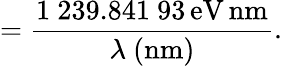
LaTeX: ={\frac{1\ 239.841\ 93\, {\mathrm{eV}}\, {\mathrm{nm}}}{\lambda\ {\mathrm{(nm)}}}}.